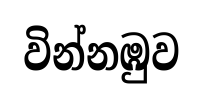
වින්නඹුව